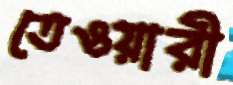
তেওয়ারী